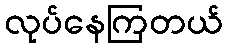
လုပ်နေကြတယ်